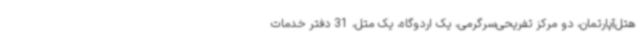
هتل‌آپارتمان، دو مرکز تفریحی‌سرگرمی، یک اردوگاه، یک متل، 31 دفتر خدمات